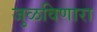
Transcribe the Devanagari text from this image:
जुळविणारा